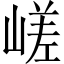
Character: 嵯